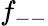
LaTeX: f_{--}